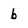
Character: b